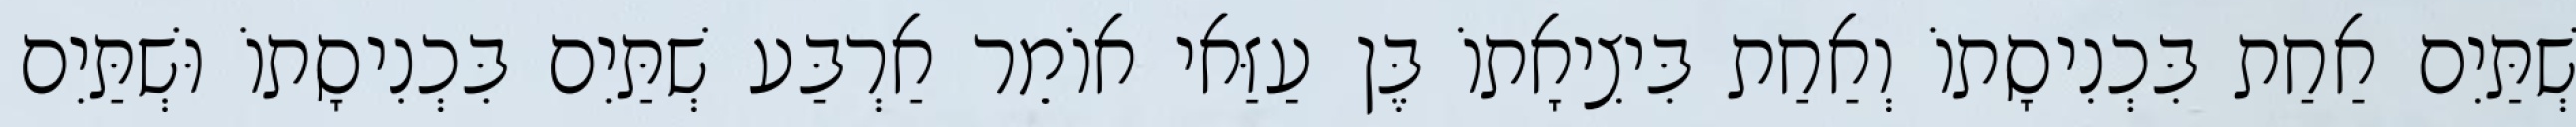
שְׁתַּיִם אַחַת בִּכְנִיסָתוֹ וְאַחַת בִּיצִיאָתוֹ בֶּן עַזַּאי אוֹמֵר אַרְבַּע שְׁתַּיִם בִּכְנִיסָתוֹ וּשְׁתַּיִם